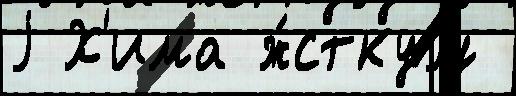
j Х'има ж́сткуjу